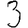
Digit: 3